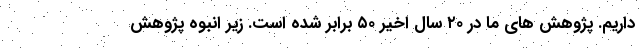
داریم. پژوهش های ما در ۲۰ سال اخیر ۵۰ برابر شده است. زیر انبوه پژوهش